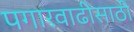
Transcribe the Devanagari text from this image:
पगारवाढीसाठी